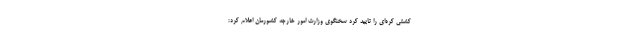
کشتی کره‌ای را تایید کرد سخنگوی وزارت امور خارجه کشورمان اعلام کرد: